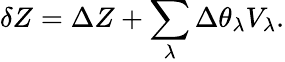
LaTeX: \delta Z=\Delta Z+\sum_{\lambda}\Delta\theta_{\lambda}V_{\lambda}.